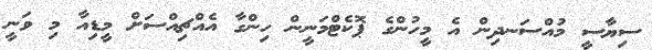
ސިޔާސީ މުއްސަނދިން އެ މީހުންގެ ޕޮކެޓްމަނީން ހިންގާ އެއްޗިއްސަށް މީޑިއާ މި ވަނީ